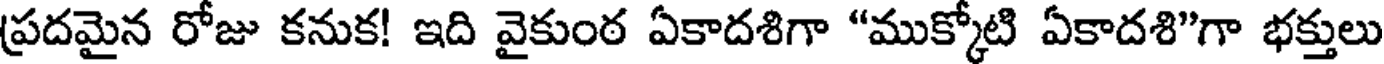
ప్రదమైన రోజు కనుక! ఇది వైకుంఠ ఏకాదశిగా "ముక్కోటి ఏకాదశి"గా భక్తులు